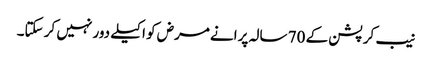
نیب کرپشن کے 70 سالہ پرانے مرض کو اکیلے دور نہیں کر سکتا۔